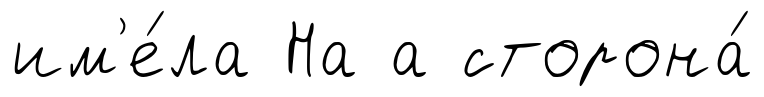
им'е́ла На а сторона́